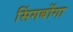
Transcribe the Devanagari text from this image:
सिंगबोंगा